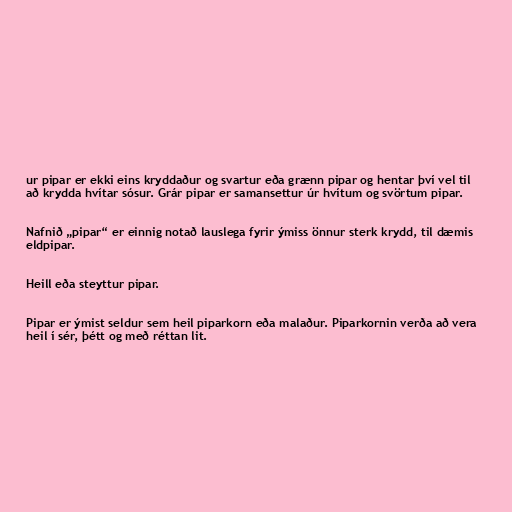
ur pipar er ekki eins kryddaður og svartur eða grænn pipar og hentar því vel til
að krydda hvítar sósur. Grár pipar er samansettur úr hvítum og svörtum pipar.

Nafnið „pipar“ er einnig notað lauslega fyrir ýmiss önnur sterk krydd, til dæmis
eldpipar.

Heill eða steyttur pipar.

Pipar er ýmist seldur sem heil piparkorn eða malaður. Piparkornin verða að vera
heil í sér, þétt og með réttan lit.